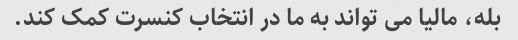
بله، مالیا می تواند به ما در انتخاب کنسرت کمک کند.